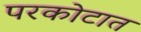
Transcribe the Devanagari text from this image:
परकोटात